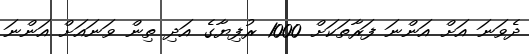
ދެވަނަ އަށް އަންނަ ފަރާތަކަށް 1000 ރުފިޔާގެ އަދި ތިން ވަނައަށް އަންނަ